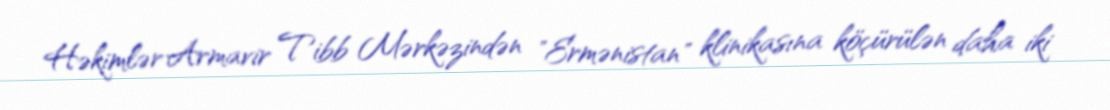
Həkimlər Armavir Tibb Mərkəzindən "Ermənistan" klinikasına köçürülən daha iki